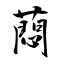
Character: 蕄